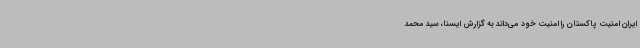
ایران امنیت پاکستان را امنیت خود می‌داند به گزارش ایسنا، سید محمد